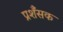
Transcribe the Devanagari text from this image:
प्रशँसक